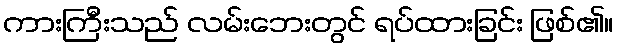
ကားကြီးသည် လမ်းဘေးတွင် ရပ်ထားခြင်း ဖြစ်၏။